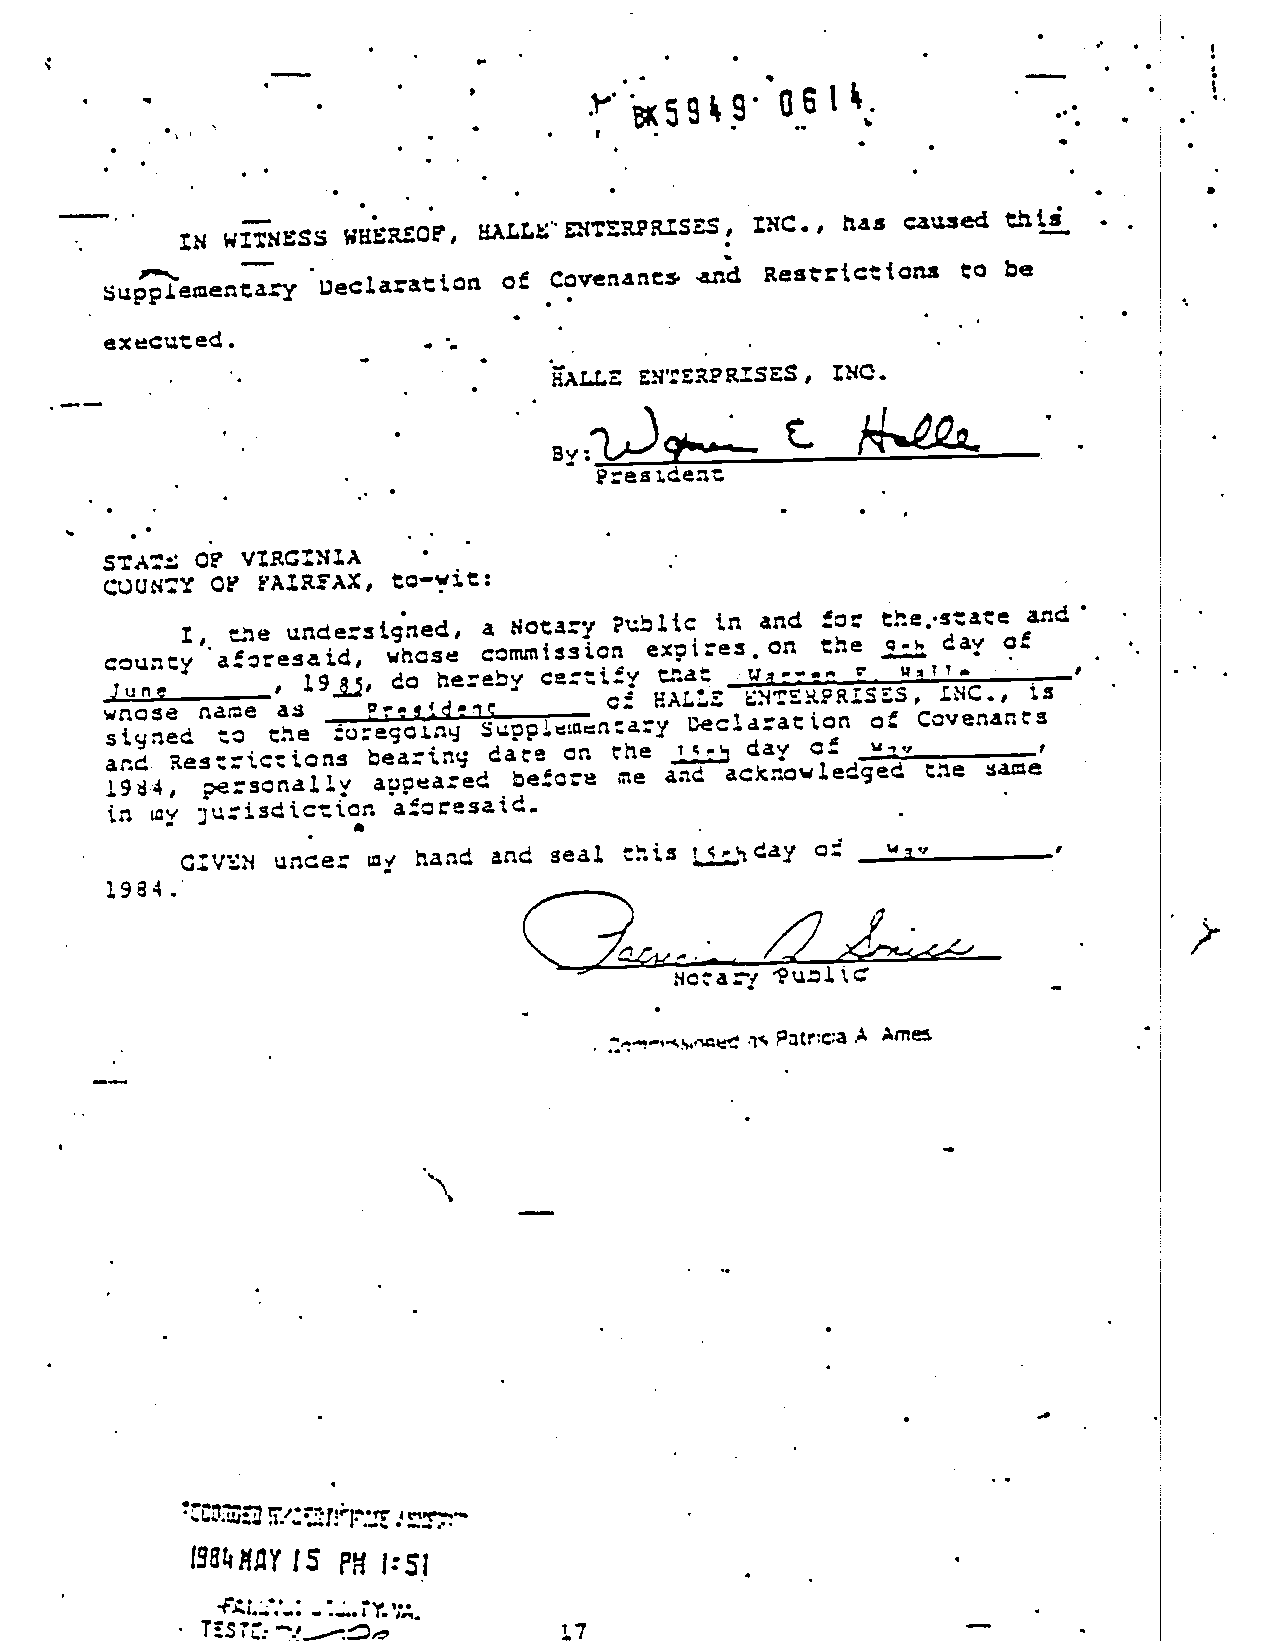
casse4 tthhttdd
 MMAALLLLCC D DiTiTZZRRPRPRISIZSSZ, StX, tCC.,. ,t ttatass caused
 ZZNN WWI1Tt88EESS5S WWUUEEaaEEOOFF,,
 ooff CCoovveennaannttss aanndd aReestsrttrcictitOionnas ttoo bbee
 SSuippppileeimUCenflttaarYy DUeeccltaarraattttooftli
 eexxeeccuutteedd..
 ••
 SSAALLLLEE ENnZPRISES • IINNCC..
 By:t_3_
 CC
 StA
 StAts 6C?? VVttRRCCNNIIAA
 CCQQUUiCTYf C CFF F FtftflAlAXX, ,t oto—-wyiitt::
 PPtutlitcc ttnh aanndd f frriicc ttee...ssttaaCce aanndd
 tt,, eeffllee uunnddee:rzstiggfnleedd.. aa $socttaarryy r tn
 ccoouunnttyy aaffoorreessaaiidd,, wwhhoossee
 ccssrrmmnntlssssiiccffll eexxipreiz:e,Oz.rotfl
 t th he
 e
 q 1- ., 2, ddaayy ooff
 r
 ccaa::tttiyy ttffllaatt
 ,, 1199JJjj.. ddoo htieerraebbyy uu
 JJuunnee                            HAU.ZN  ltt EE KK ?? RR iSif Sl ,S, £C., iiss
 nnaattee aa ____________________________________ c± MAU.Z
 ww snn t9oc5s eee d to the SuppLtiaflarY uectatac toonf ocu CCoovveennaarn.ttss
 st9ned to the ±o:egcLty          the  ic.
 ard RReezstrZtCttCtiOttCnZflS b ebaerain:tgn gd adtea toen or. the ic ddaayy of ____________
 a     €:scnat1y  aea:ed  beboerf2o rn2e te aanndd aacckkntoowwtleeddggaedd ctiiee sswaee
 1199aa44,, personally apea:ed
 in lay jt:isdtcttCfal faorreessaaiidd.
 in lay jt:isdicttOr.
 aa
 aanndd sseeaatl tthhiiss Lujsddaayy oQf
 cc::vvttNs uunzeer: iaayi hhaaftled          __w__1p_________
 11998844.:                  CL
 -.
 ttuu::iltt
 ctatj
 Ncatf
 n, PPaattrr,cc:aaA A AAmm
 'tnzza  tctnt.jr rr
 II9saarr nnaarr 1155 FFMM JJ::55jj
 J--
 .
 -::,..O... rr ,.
 TTtsSTTLt.::—•.-.—o.    L137